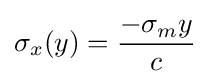
\sigma _{x}(y)={\frac {-\sigma _{m}y}{c}}